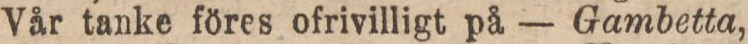
Vår tanke föres ofrivilligt på — Gambetta,